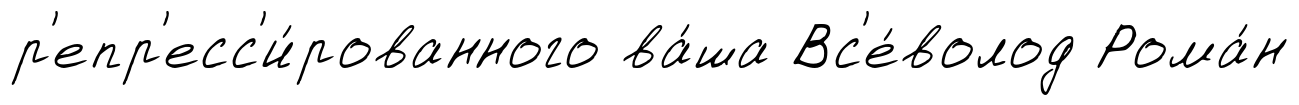
р'епр'есс'и́рованного ва́ша Вс'е́волод Рома́н